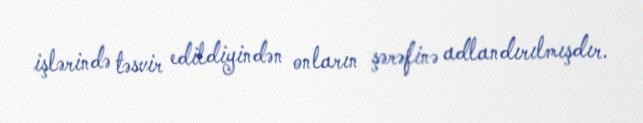
işlərində təsvir edildiyindən onların şərəfinə adlandırılmışdır.